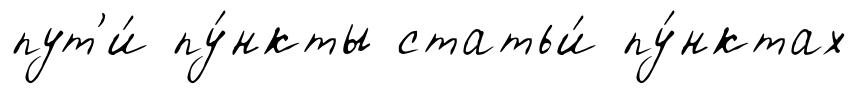
пут'и́ пу́нкты статьи́ пу́нктах